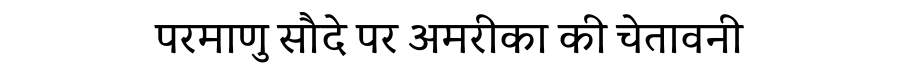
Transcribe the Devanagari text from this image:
परमाणु सौदे पर अमरीका की चेतावनी